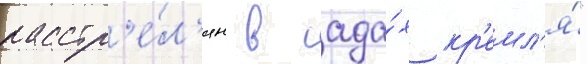
расстр'е́л'ян в сада́х кр'емл'я́"